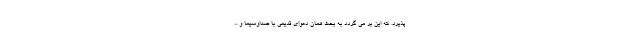
پذیرد. که این بر می گردد به بحث همان دعوای قدیمی با صداوسیما و ...